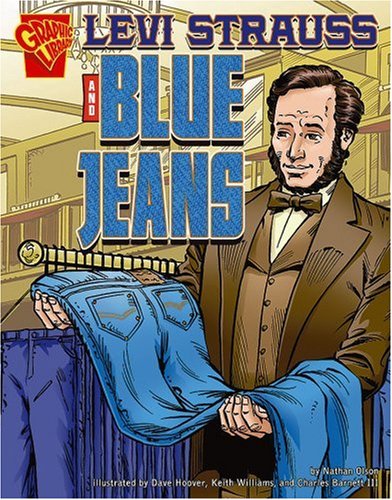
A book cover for Levi Strauss and Blue Jeans (Inventions and Discovery); Nathan Olson; Children's Books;